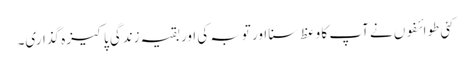
کئی طوائفوں نے آپ کا وعظ سنا اور توبہ کی اور بقیہ زندگی پاکیزہ گذاری۔